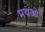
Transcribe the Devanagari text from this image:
मथओ